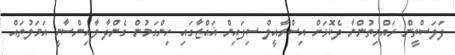
ފަލަސްތީން ރައްޔިތުންނާ ދެކޮޅަށް އިސްރާއީލް ސިފައިން ޣައްޒާގައި ހިންގަމުން ގެންދާ ލާއިންސާނީ އަމަލުތައް